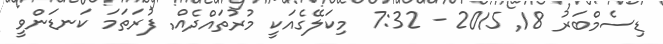
ޑިސެމްބަރު 18